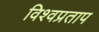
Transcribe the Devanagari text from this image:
विश्वप्रताप